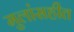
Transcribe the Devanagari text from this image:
मुलांसहीत